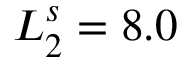
L _ { 2 } ^ { s } = 8 . 0